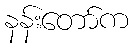
နန်းတော်က